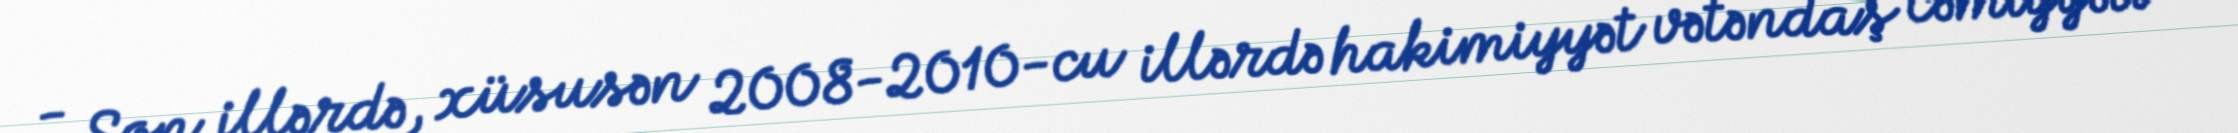
- Son illərdə, xüsusən 2008-2010-cu illərdə hakimiyyət vətəndaş cəmiyyəti və